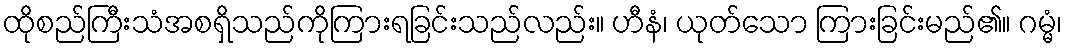
ထိုစည်ကြီးသံအစရှိသည်ကိုကြားရခြင်းသည်လည်း။ ဟီနံ၊ ယုတ်သော ကြားခြင်းမည်၏။ ဂမ္မံ၊